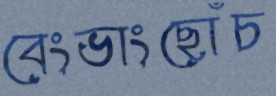
বেংভাংছোঁচ